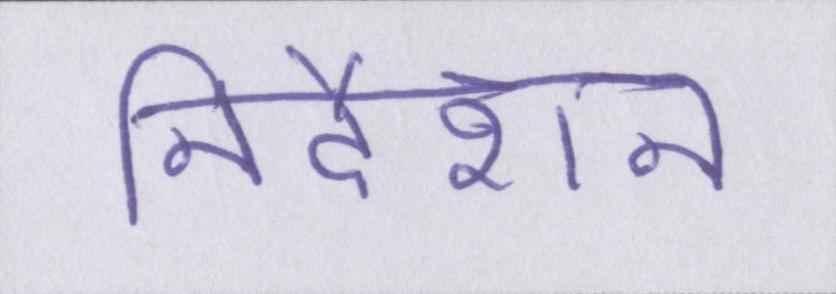
निर्देशन